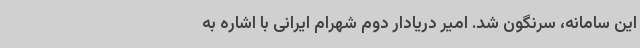
این سامانه، سرنگون شد. امیر دریادار دوم شهرام ایرانی با اشاره به